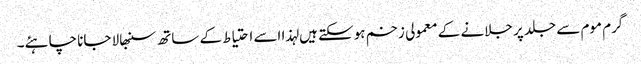
گرم موم سے جلد پر جلانے کے معمولی زخم ہوسکتے ہیں لہذا اسے احتیاط کے ساتھ سنبھالا جانا چاہئے۔